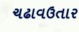
ચઢાવઉતાર